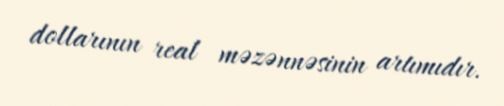
dollarının real məzənnəsinin artımıdır.